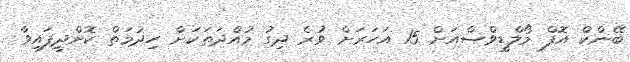
ބޭންކް އޮފް މޯލްޑީވްސްއަށް 15 އަހަރަށް ވުރެ ދިގު މުއްދަތަކަށް ހިދުމަތް ކޮށްދީފައިވާ